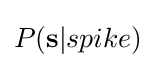
P(\mathbf {s} |spike)